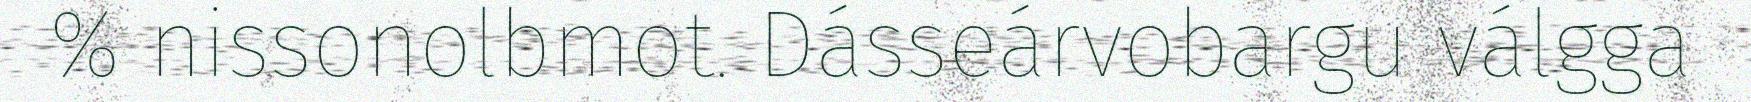
% nissonolbmot. Dásseárvobargu válgga